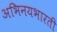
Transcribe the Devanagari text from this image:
अभिनयभारती